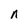
Character: n